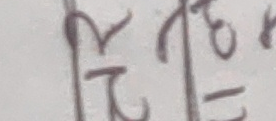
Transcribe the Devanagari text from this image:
२ ० र ७१